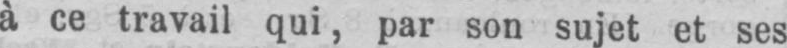
à ce travail qui, par son sujet et ses